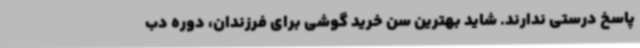
پاسخ درستی ندارند. شاید بهترین سن خرید گوشی برای فرزندان، دوره دب